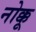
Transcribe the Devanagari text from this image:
नोक्कू